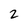
Character: 2